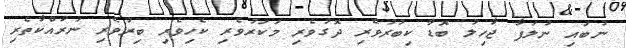
ނުބައި ނުލަފާ ޖާހިލު ބޮޑާ ކިބުރުވެރި ދޮގުވެރި މަކަރުވެރި ކެހިވެރި ބިރުވެރި ނުރައްކާތެރި